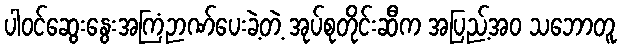
ပါဝင်ဆွေးနွေးအကြံဉာဏ်ပေးခဲ့တဲ့ အုပ်စုတိုင်းဆီက အပြည့်အဝ သဘောတူ